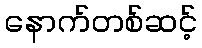
နောက်တစ်ဆင့်